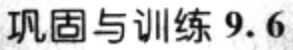
巩固与训练 9.6